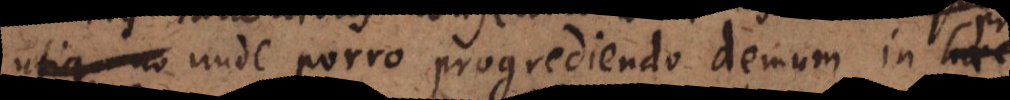
tanea: unde porro progrediendo demum in